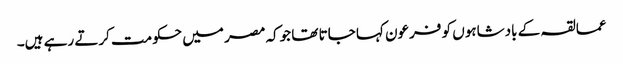
عمالقہ کے بادشاہوں کو فرعون کہا جاتا تھا جوکہ مصر میں حکومت کرتے رہے ہیں۔